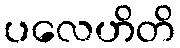
ပလေဟိတိ